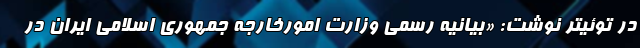
در توئیتر نوشت: «بیانیه رسمی وزارت امورخارجه جمهوری اسلامی ایران در